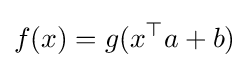
f(x)=g(x^{\top }a+b)